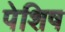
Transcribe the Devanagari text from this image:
पेशिष